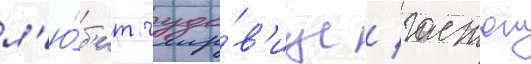
л'ю́б'ит чудо́в'ище / гастон